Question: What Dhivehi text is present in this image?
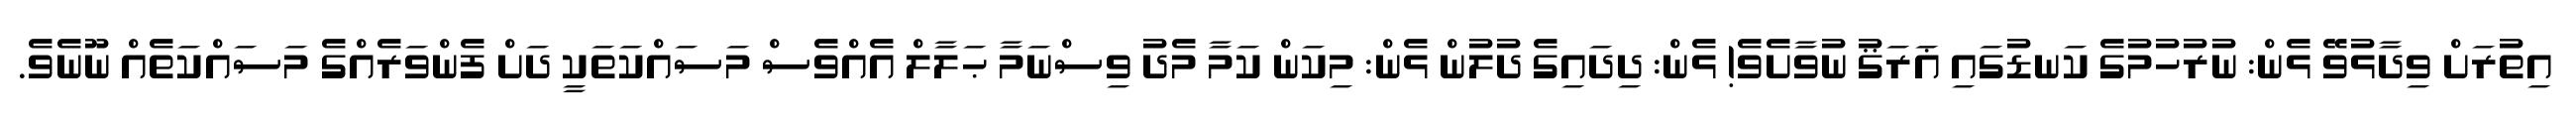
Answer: އިތުރަށް ވިދާޅުވޭ ޅެން: ނުރުހުމުގެ ކަނޑުގައި ޣަރަޤު ނުވާށެވެ! ޅެން: ދިދައިގެ ދުލުން ޅެން: މިކަން ކަމާ މެދު ވިސްނަމާ ޙަލާލް އެއްވެސް މަސައްކަތަކީ ދަށް ފެންވަރެއްގެ މަސައްކަތެއް ނޫނެވެ.